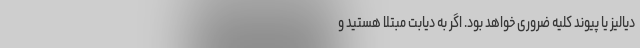
دیالیز یا پیوند کلیه ضروری خواهد بود. اگر به دیابت مبتلا هستید و